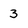
Character: 3